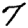
Digit: 7